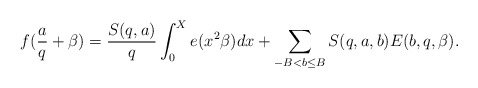
\begin{align*}f(\frac{a}{q}+\beta)=\frac{S(q,a)}{q}\int_0^Xe(x^2\beta)dx+\sum_{-B<b\le B}S(q,a,b)E(b,q,\beta).\end{align*}